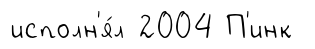
исполн'я́л 2004 П'инк